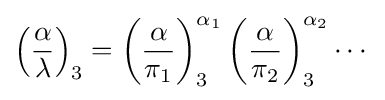
\left({\frac {\alpha }{\lambda }}\right)_{3}=\left({\frac {\alpha }{\pi _{1}}}\right)_{3}^{\alpha _{1}}\left({\frac {\alpha }{\pi _{2}}}\right)_{3}^{\alpha _{2}}\cdots